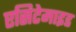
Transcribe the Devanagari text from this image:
एसिटेमाइड